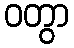
ဝတွာ